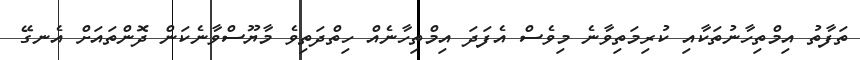
ތަފާތު އިމްތިހާނުތަކާއި ކުރިމަތިވާނެ މިވެސް އެފަދަ އިމްތިހާނެއް ހިތްދަތިވެ މާޔޫސްވާނެކަން ދޮންތައަށް އެނގޭ